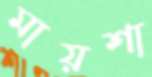
মায়শা